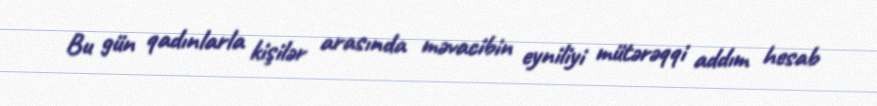
Bu gün qadınlarla kişilər arasında məvacibin eyniliyi mütərəqqi addım hesab